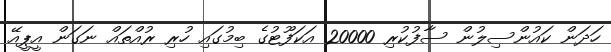
ހަދަން ކައުންސިލުން ސާފުކުރި 20000 އަކަފޫޓުގެ ބިމުގައި ހުރި ރުއްތައް ނަގަން އީޕީއޭ